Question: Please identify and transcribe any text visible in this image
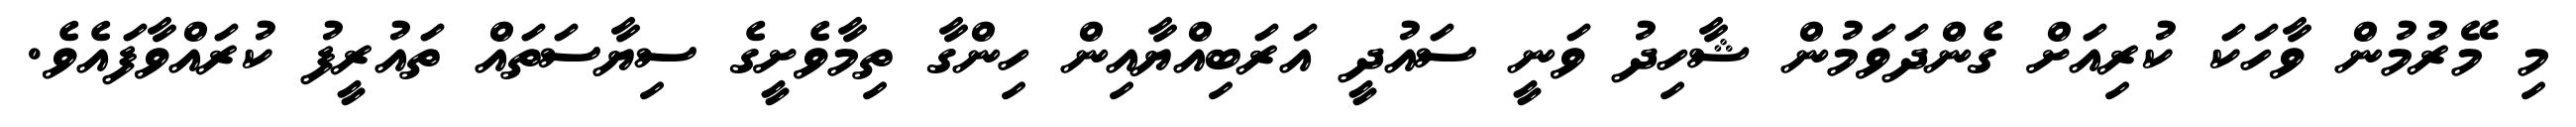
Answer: މި މޭރުމުން ވާހަކަ ކުރިއަށް ގެންދަވަމުން ޝާހިދު ވަނީ ސައުދީ އަރަބިއްޔާއިން ހިންގާ ތިމާވެށީގެ ސިޔާސަތައް ތައުރީފު ކުރައްވާފައެވެ.